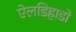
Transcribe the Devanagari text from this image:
ऐलडिहाडो